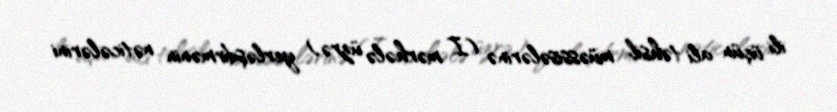
ili üçün ali təhsil müəssisələrinə (I mərhələ üzrə) yerləşdirmənin nəticələrini